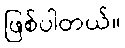
ဖြစ်ပါတယ်။